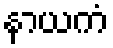
နာယကံ